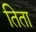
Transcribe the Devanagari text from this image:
तिता